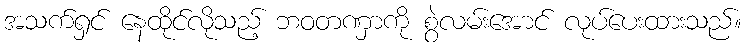
အသက်ရှင် နေထိုင်လိုသည့် ဘဝတဏှာကို စွဲလမ်းအောင် လုပ်ပေးထားသည်။